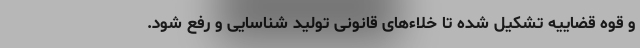
و قوه قضاییه تشکیل شده تا خلاء‌های قانونی تولید شناسایی و رفع شود.